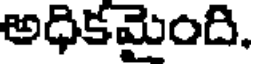
అధికమైంది.